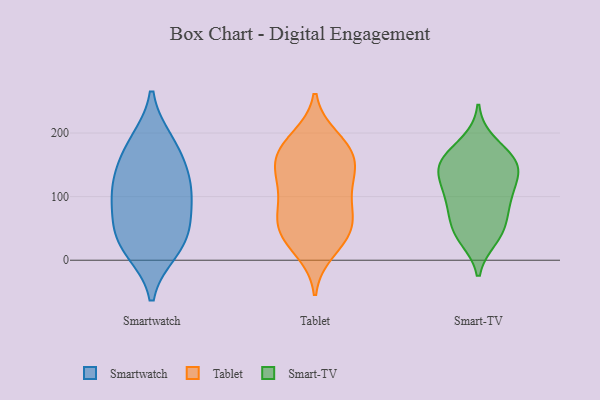
{"axis": {"x": "Production Output", "y": "Value"}, "legend": ["Smart-TV", "Smartwatch", "Tablet"], "data": [{"x": "", "y": 27, "type": "Smartwatch"}, {"x": "", "y": 176, "type": "Smartwatch"}, {"x": "", "y": 94, "type": "Smartwatch"}, {"x": "", "y": 17, "type": "Smartwatch"}, {"x": "", "y": 103, "type": "Smartwatch"}, {"x": "", "y": 185, "type": "Smartwatch"}, {"x": "", "y": 63, "type": "Smartwatch"}, {"x": "", "y": 124, "type": "Smartwatch"}, {"x": "", "y": 37, "type": "Smartwatch"}, {"x": "", "y": 137, "type": "Smartwatch"}, {"x": "", "y": 31, "type": "Tablet"}, {"x": "", "y": 111, "type": "Tablet"}, {"x": "", "y": 192, "type": "Tablet"}, {"x": "", "y": 184, "type": "Tablet"}, {"x": "", "y": 169, "type": "Tablet"}, {"x": "", "y": 143, "type": "Tablet"}, {"x": "", "y": 65, "type": "Tablet"}, {"x": "", "y": 138, "type": "Tablet"}, {"x": "", "y": 129, "type": "Tablet"}, {"x": "", "y": 15, "type": "Tablet"}, {"x": "", "y": 51, "type": "Tablet"}, {"x": "", "y": 50, "type": "Tablet"}, {"x": "", "y": 172, "type": "Tablet"}, {"x": "", "y": 158, "type": "Tablet"}, {"x": "", "y": 90, "type": "Tablet"}, {"x": "", "y": 45, "type": "Tablet"}, {"x": "", "y": 85, "type": "Tablet"}, {"x": "", "y": 136, "type": "Smart-TV"}, {"x": "", "y": 95, "type": "Smart-TV"}, {"x": "", "y": 106, "type": "Smart-TV"}, {"x": "", "y": 185, "type": "Smart-TV"}, {"x": "", "y": 152, "type": "Smart-TV"}, {"x": "", "y": 140, "type": "Smart-TV"}, {"x": "", "y": 35, "type": "Smart-TV"}, {"x": "", "y": 159, "type": "Smart-TV"}, {"x": "", "y": 159, "type": "Smart-TV"}, {"x": "", "y": 150, "type": "Smart-TV"}, {"x": "", "y": 44, "type": "Smart-TV"}, {"x": "", "y": 84, "type": "Smart-TV"}, {"x": "", "y": 43, "type": "Smart-TV"}, {"x": "", "y": 65, "type": "Smart-TV"}, {"x": "", "y": 111, "type": "Smart-TV"}]}